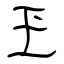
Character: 玊